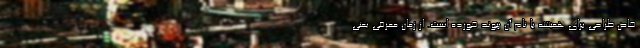
خاص طراحی برای همیشه با نام آن پیوند خورده است. از زمان معرفی یعنی